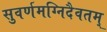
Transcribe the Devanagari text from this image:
सुवर्णमग्निदैवतम्